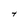
Character: t